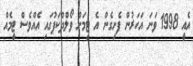
އެއީ 1998 ވަނަ އަހަރުން ފެށިގެން އެ ޓީމަށް ވޯލްދްކަޕުގައި އެއްވެސް ޓީމެއް